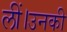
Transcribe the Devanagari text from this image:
लीं।उनकी